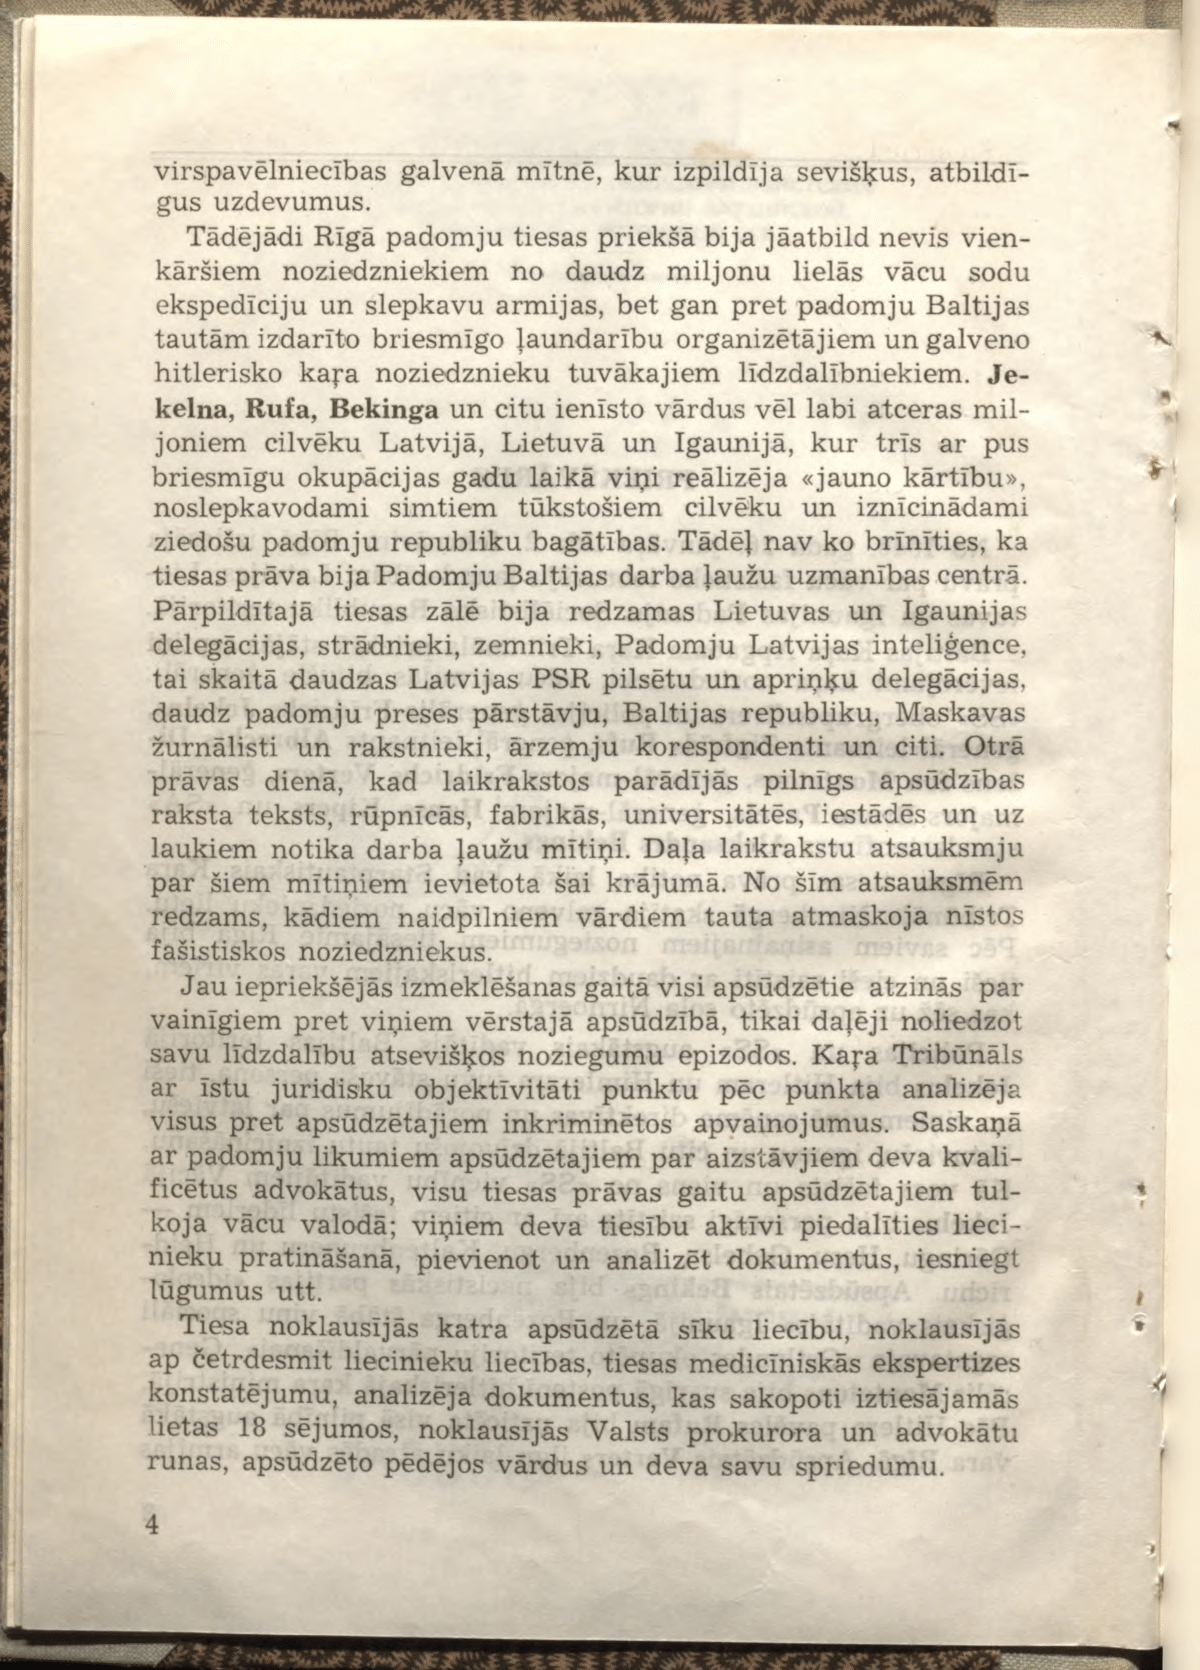
Language: lv